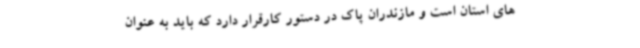
های استان است و مازندران پاک در دستور کارقرار دارد که باید به عنوان